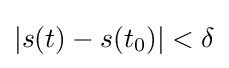
|s(t)-s(t_{0})|<\delta